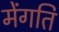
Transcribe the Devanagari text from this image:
मेंगति